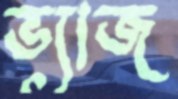
ভ্যাজ